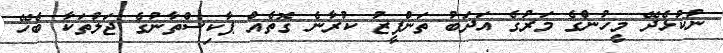
ނުކުޅެދޭ މީހުންގެ މަރުގެ އަދަބު ތަންފީޒު ކުރާނެ ގޮތެއް ޕާކިސްތާނުގެ ޖަލުތަކާ ބެހޭ